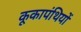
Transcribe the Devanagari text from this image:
कूकापंथियों